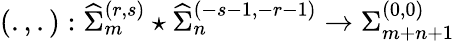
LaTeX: \left(.,.\right):{\widehat\Sigma}_{m}^{(r,s)}\star{\widehat\Sigma}_{n}^{(-s-1,-r-1)}\rightarrow{\Sigma}_{m+n+1}^{(0,0)}